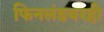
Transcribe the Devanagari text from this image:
फिनलंडवरही